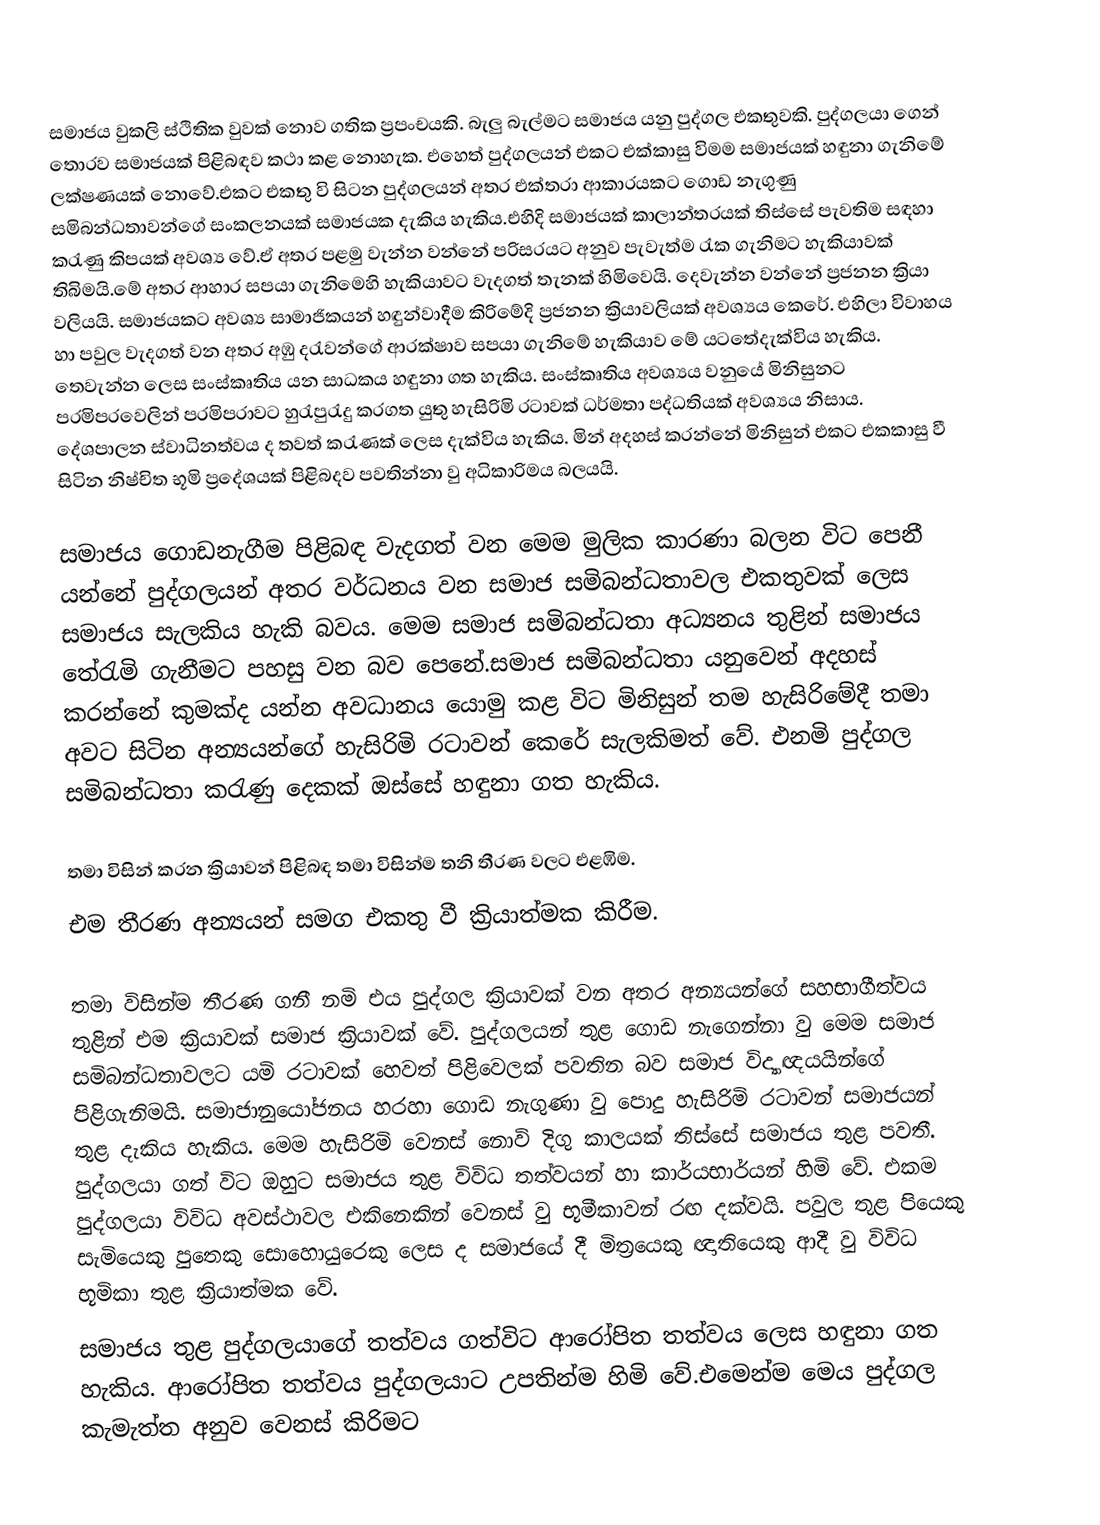
සමාජය වුකලි ස්ථිතික වුවක් නොව ගතික ප්‍රපංචයකි. බැලු බැල්මට සමාජය යනු පුද්ගල එකතුවකි. පුද්ගලයා ගෙන් තොරව සමාජයක් පිළිබඳව කථා කළ නොහැක. එහෙත් පුද්ගලයන් එකට එක්කාසු විමම සමාජයක් හඳුනා ගැනිමේ ලක්ෂණයක් නොවේ.එකට එකතු වි සිටන පුද්ගලයන් අතර එක්තරා ආකාරයකට ගොඩ නැගුණු සමිබන්ධතාවන්ගේ සංකලනයක් සමාජයක දැකිය හැකිය.එහිදි සමාජයක් කාලාන්තරයක් තිස්සේ පැවතිම සඳහා කරැණු කිපයක් අවශ්‍ය වේ.ඒ අතර පළමු වැන්න වන්නේ පරිසරයට අනුව පැවැත්ම රැක ගැනිමට හැකියාවක් තිබිමයි.මේ අතර ආහාර සපයා ගැනිමෙහි හැකියාවට වැදගත් තැනක් හිමිවෙයි. දෙවැන්න වන්නේ ප්‍රජනන ක්‍රියා වලියයි. සමාජයකට අවශ්‍ය සාමාජිකයන් හඳුන්වාදීම කිරිමේදි ප්‍රජනන ක්‍රියාවලියක් අවශ්‍යය කෙරේ. එහිලා විවාහය හා පවුල වැදගත් වන අතර අඹු දරැවන්ගේ ආරක්ෂාව සපයා ගැනිමේ හැකියාව මේ යටතේදැක්විය හැකිය. තෙවැන්න ලෙස සංස්කෘතිය යන සාධකය හඳුනා ගත හැකිය. සංස්කෘතිය අවශ්‍යය වනුයේ මිනිසුනට පරමිපර‍වෙලින් පරමිපරාවට හුරැපුරැදු කරගත යුතු හැසිරිමි රටාවක් ධර්මතා පද්ධතියක් අවශ්‍යය නිසාය. දේශපාලන ස්වාධිනත්වය ද තවත් කරැණක් ලෙස දැක්විය හැකිය. මින් අදහස් කරන්නේ මිනිසුන් එකට එකකාසු වී සිටින නිෂ්චිත භූමි ප්‍රදේශයක් පිළිබදව පවතින්නා වු අධිකාරිමය බලයයි.

සමාජය ගොඩනැගීම පිළිබඳ වැදගත් වන මෙම මුලික කාරණා බලන විට පෙනී යන්නේ පුද්ගලයන් අතර වර්ධනය වන සමාජ සමිබන්ධතාවල එකතුවක් ලෙස සමාජය සැලකිය හැකි බවය. මෙම සමාජ සමිබන්ධතා අධ්‍යනය තුළින් සමාජය තේරැමි ගැනීමට පහසු වන බව පෙනේ.සමාජ සමිබන්ධතා යනුවෙන් අදහස් කරන්නේ කුමක්ද යන්න අවධානය යොමු කළ විට මිනිසුන් තම හැසිරිමේදී තමා අවට සිටින අන්‍යයන්ගේ හැසිරිමි රටාවන් කෙරේ සැලකිමත් වේ. එනමි පුද්ගල සමිබන්ධතා කරැණු දෙකක් ඔස්සේ හඳුනා ගත හැකිය.

 තමා විසින් කරන ක්‍රියාවන් පිළිබඳ තමා විසින්ම තනි තීරණ වලට එළඹිම.
 එම තීරණ අන්‍යයන් සමග එකතු වී ක්‍රියාත්මක කිරීම.

             තමා විසින්ම තීරණ ගනී නමි එය පුද්ගල ක්‍රියාවක් වන අතර අන්‍යයන්ගේ සහභාගීත්වය තුළින් එම ක්‍රියාවක් සමාජ ක්‍රියාවක් වේ. පුද්ගලයන් තුළ ගොඩ නැගෙන්නා වු මෙම සමාජ සමිබන්ධතාවලට යමි රටාවක්‍ හෙවත් පිළිවෙලක් පවතින බව සමාජ විද්‍යාඥයයින්ගේ පිළිගැනිමයි. සමාජානුයෝජනය හරහා ගොඩ නැගුණා වු පොදු හැසිරිමි රටාවන් සමාජයන් තුළ දැකිය හැකිය. මෙම හැසිරිමි වෙනස් නොවි දිගු කාලයක් තිස්සේ සමාජය තුළ පවතී. පුද්ගලයා ගත් විට ඔහුට සමාජය තුළ විවිධ තත්වයන් හා කාර්යභාර්යන් හිමි වේ. එකම පුද්ගලයා විවිධ අවස්ථාවල එකිනෙකින් වෙනස් වු භූමීකාවන් රඟ දක්වයි. පවුල තුළ පියෙකු සැමියෙකු පුතෙකු සොහොයුරෙකු ලෙස ද සමාජයේ දී මිත්‍රයෙකු ඥාතියෙකු ආදී වු විවිධ භූමිකා තුළ ක්‍රියාත්මක වේ.
	             සමාජය තුළ පුද්ගලයාගේ තත්වය ගත්විට ආරෝපිත තත්වය ලෙස හඳුනා ගත හැකිය. ආරෝපිත තත්වය පුද්ගලයාට උපතින්ම හිමි වේ.එමෙන්ම මෙය පුද්ගල කැමැත්ත අනුව වෙනස් කිරිමට